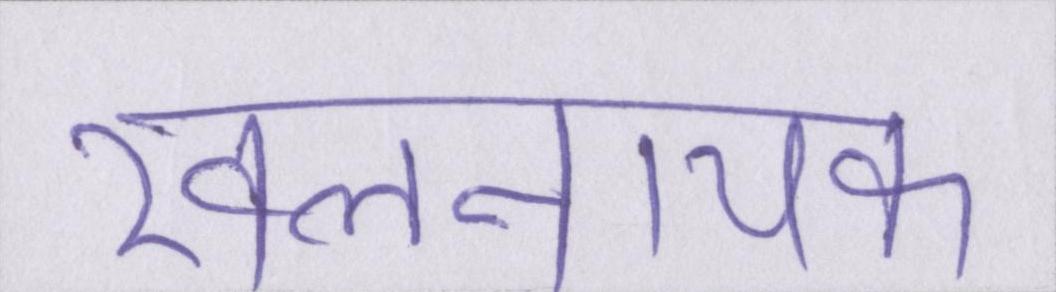
खलनायक